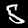
Label: 5